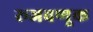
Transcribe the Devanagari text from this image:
रूजवणूक